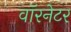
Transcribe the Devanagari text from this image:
वॉरनेटर